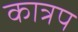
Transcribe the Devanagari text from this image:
कात्रप